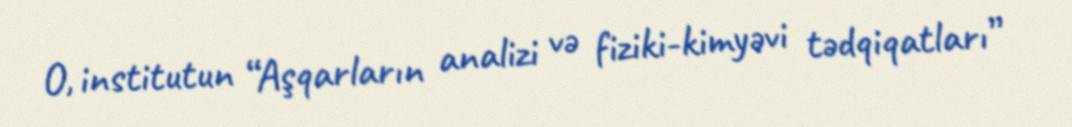
O, institutun “Aşqarların analizi və fiziki-kimyəvi tədqiqatları”